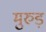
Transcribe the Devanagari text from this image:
मुरुड़